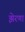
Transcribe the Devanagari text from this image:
झेरणा